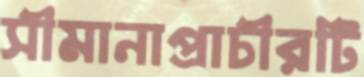
সীমানাপ্রাচীরটি